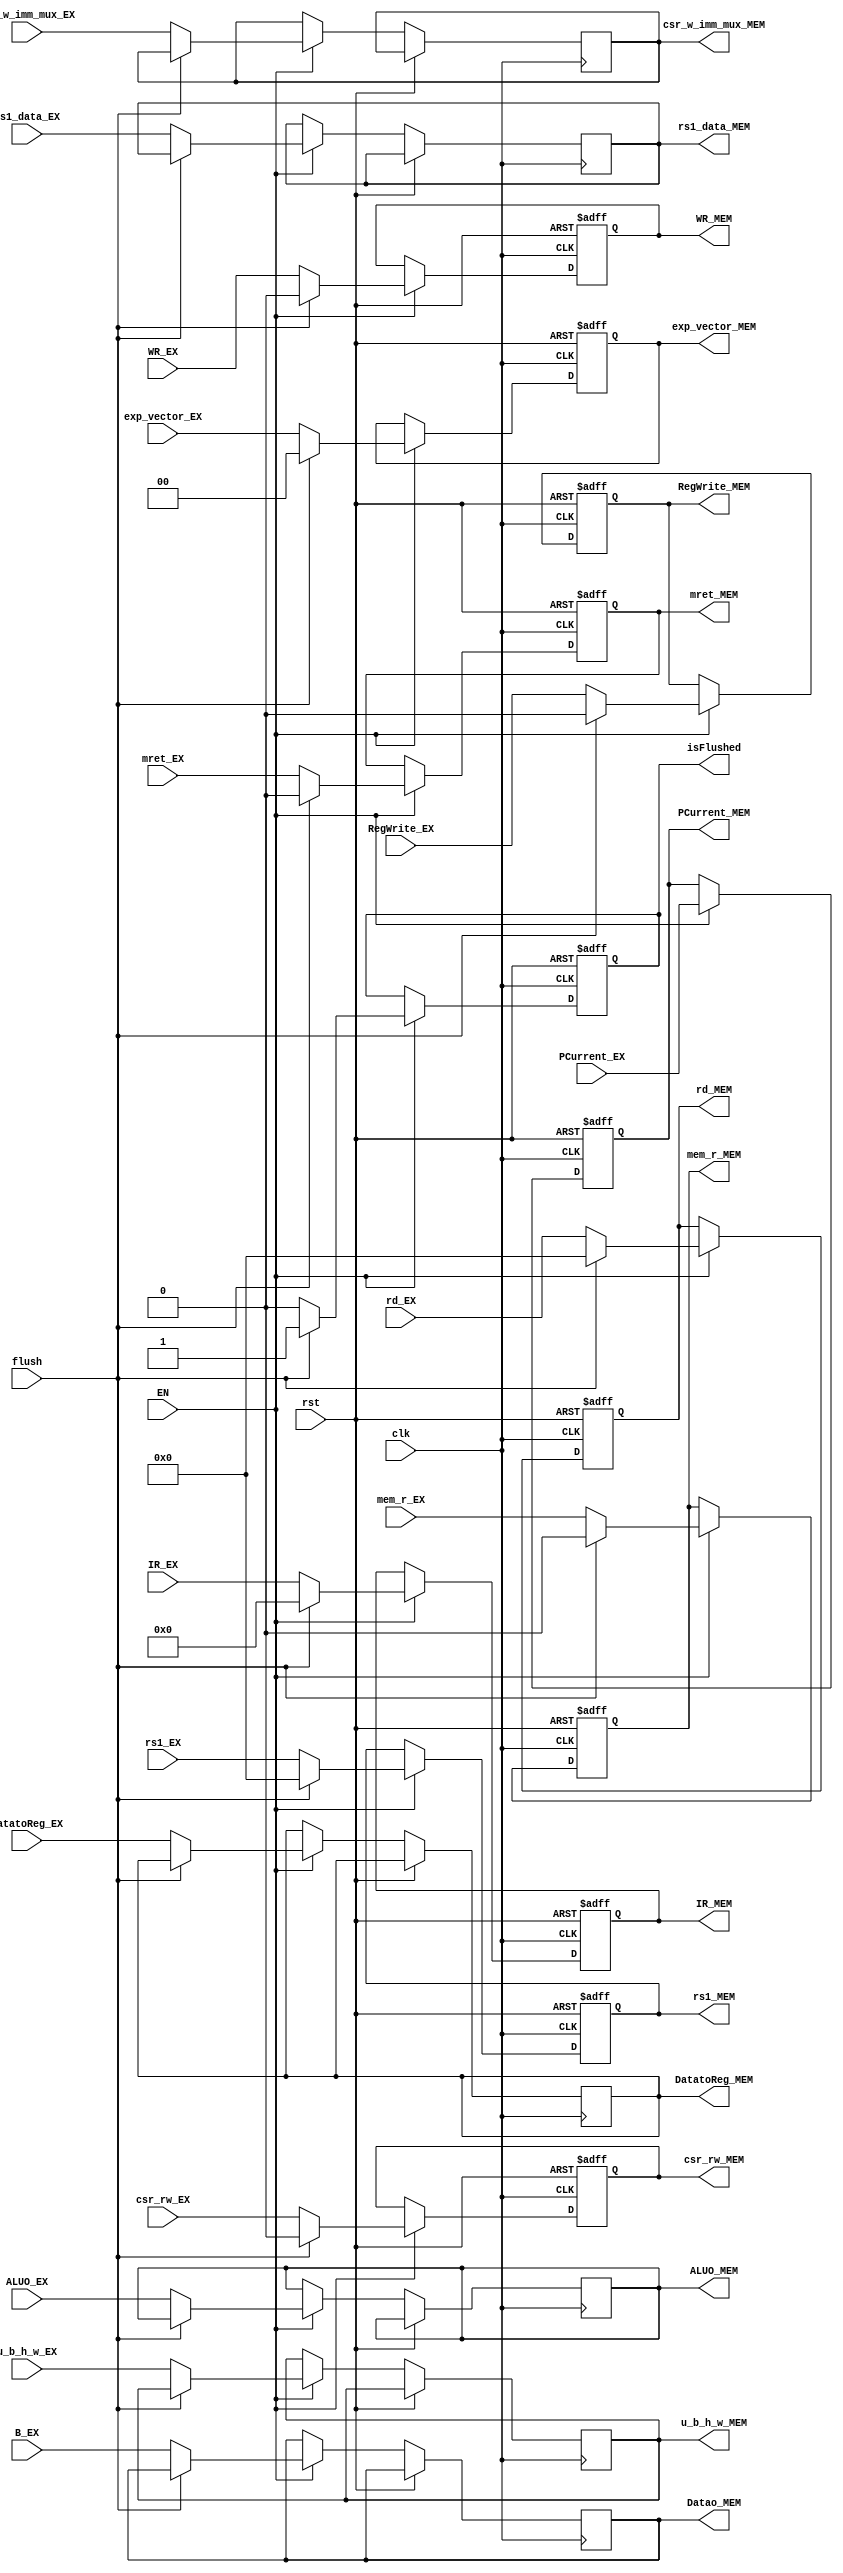
`timescale 1ns / 1ps
//////////////////////////////////////////////////////////////////////////////////
// Company:
// Engineer:
//
// Design Name:
// Module Name:    REGS EX/MEM Latch
// Project Name:
// Target Devices:
// Tool versions:
// Description:
//
// Dependencies:
//
// Revision:
// Revision 0.01 - File Created
// Additional Comments:
//
//////////////////////////////////////////////////////////////////////////////////

module   REG_EX_MEM(input clk,                                      //EX/MEM Latch
                    input rst,
                    input EN,                                       //?
                    input flush,                                    //()?
                    input [31:0] IR_EX,                             //()
                    input [31:0] PCurrent_EX,                       //?
                    input [31:0] ALUO_EX,                           //ALU?ALU
                    input [31:0] B_EX,                              //IDBCPU
                    input [4:0]  rs1_EX, rd_EX,                    //??
                    input [31:0] rs1_data_EX,
                    input DatatoReg_EX,                      //?REG?
                    input RegWrite_EX,                              //??
                    input WR_EX,                                    //?
                    input[2:0] u_b_h_w_EX,
                    input mem_r_EX,
                    input csr_rw_EX,
                    input csr_w_imm_mux_EX,
                    input mret_EX,
                    input[1:0] exp_vector_EX,

                    output reg[31:0] PCurrent_MEM,                  //??
                    output reg[31:0] IR_MEM,                        //??()
                    output reg[31:0] ALUO_MEM,                      //ALU?ALU
                    output reg[31:0] Datao_MEM,                     //?mem_r
                    output reg[4:0]  rd_MEM,                        //??
                    output reg[4:0]  rs1_MEM,
                    output reg[31:0] rs1_data_MEM,
                    output reg       DatatoReg_MEM,                 //?REG?
                    output reg       RegWrite_MEM,                  //??
                    output reg       WR_MEM,                         //?
                    output reg[2:0]  u_b_h_w_MEM,
                    output reg       mem_r_MEM,
                    output reg       isFlushed,
                    output reg       csr_rw_MEM,
                    output reg       csr_w_imm_mux_MEM,
                    output reg       mret_MEM,
                    output reg[1:0]  exp_vector_MEM
                );

    always @(posedge clk or posedge rst) begin
        if(rst) begin
            IR_MEM         <= 0;
            PCurrent_MEM   <= 0;
            rd_MEM         <= 0;
            rs1_MEM        <= 0;
            RegWrite_MEM   <= 0;
            WR_MEM         <= 0;
            mem_r_MEM      <= 0;
            isFlushed      <= 0;
            csr_rw_MEM     <= 0;
            mret_MEM       <= 0;
            exp_vector_MEM <= 0;
        end
        else if(EN) begin                                      //EXMEM?
            if(flush) begin
                IR_MEM         <= 0;
                PCurrent_MEM   <= PCurrent_EX;
                rd_MEM         <= 0;
                rs1_MEM        <= 0;
                RegWrite_MEM   <= 0;
                WR_MEM         <= 0;
                mem_r_MEM      <= 0;
                isFlushed      <= 1;
                csr_rw_MEM     <= 0;
                mret_MEM       <= 0;
                exp_vector_MEM <= 0;
            end
            else begin
                IR_MEM            <= IR_EX;
                PCurrent_MEM      <= PCurrent_EX;                 //??
                ALUO_MEM          <= ALUO_EX;                     //ALU
                Datao_MEM         <= B_EX;                        //?CPU
                DatatoReg_MEM     <= DatatoReg_EX;                //?REG?
                RegWrite_MEM      <= RegWrite_EX;                 //??
                WR_MEM            <= WR_EX;                       //?
                rd_MEM            <= rd_EX;                       //??
                rs1_MEM           <= rs1_EX;
                rs1_data_MEM      <= rs1_data_EX;
                u_b_h_w_MEM       <= u_b_h_w_EX;
                mem_r_MEM         <= mem_r_EX;
                isFlushed         <= 0;
                csr_rw_MEM        <= csr_rw_EX;
                csr_w_imm_mux_MEM <= csr_w_imm_mux_EX;
                mret_MEM          <= mret_EX;
                exp_vector_MEM    <= exp_vector_EX;
            end
        end
    end

endmodule